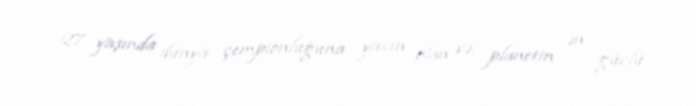
27 yaşında dünya çempionluğuna yaxın olan və, planetin ən güclü